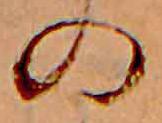
の